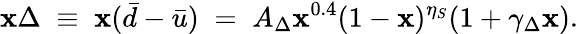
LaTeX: \mathbf{x}\Delta\; \equiv\; \mathbf{x}(\bar{{d}}-\bar{{u}})\; =\; A_{\Delta}\mathbf{x}^{0.4}(1-\mathbf{x})^{\eta_{S}}(1+\gamma_{\Delta}\mathbf{x}).